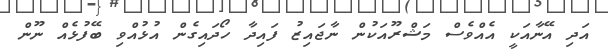
އަދި އޭނާއަކީ އެއްވެސް މަޝްރޫއަކުން ނާޖައިޒު ފައިދާ ހޯދައިގެން އުޅުއްވި ބޭފުޅެއް ނޫން